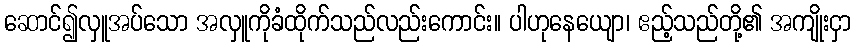
ဆောင်၍လှူအပ်သော အလှူကိုခံထိုက်သည်လည်းကောင်း။ ပါဟုနေယျော၊ ဧည့်သည်တို့၏ အကျိုးငှာ